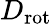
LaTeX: D_{\mathrm{rot}}